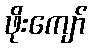
ဖိုးကျော်